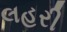
લહરી